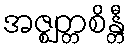
အဇ္ဈတ္တစိန္တီ